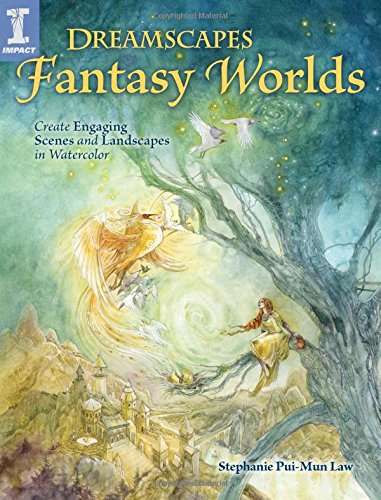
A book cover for Dreamscapes Fantasy Worlds: Create Engaging Scenes and Landscapes in Watercolor; Stephanie Pui-Mun Law; Arts & Photography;